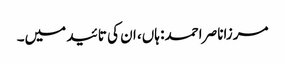
مرزاناصر احمد: ہاں، ان کی تائید میں۔